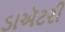
ડાઍટરી